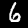
Digit: 6